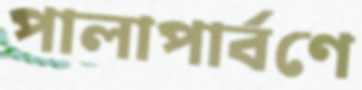
পালাপার্বণে